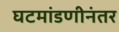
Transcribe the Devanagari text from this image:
घटमांडणीनंतर